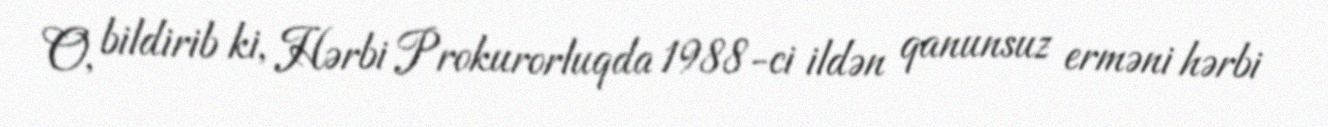
O, bildirib ki, Hərbi Prokurorluqda 1988-ci ildən qanunsuz erməni hərbi